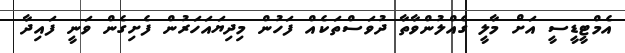
އެމްޓީޑީސީ އަށް މާލީ ގެއްލުންވާތާ ދުވަސްތަކެއް ފަހުން މިދިޔައަހަރުން ފެށިގެން ވަނީ ފައިދާ